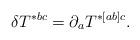
LaTeX: \begin{align*}\delta T^{*bc}=\partial_a T^{*[ab]c}.\end{align*}